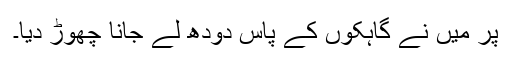
پر میں نے گاہکوں کے پاس دُودھ لے جانا چھوڑ دیا۔